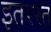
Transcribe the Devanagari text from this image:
इतरस्त